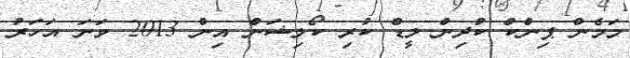
މަމެން ޕިންކް ކުދިން ލީޑް ކުރި ކޯލިޝަން އިން 2013 ވަނަ އަހަރު